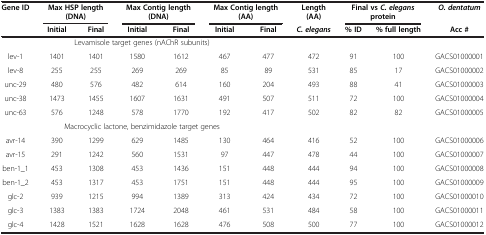
<table><thead><tr><td><b>Gene ID</b></td><td colspan="2"><b>Max HSP length (DNA)</b></td><td colspan="2"><b>Max Contig length (DNA)</b></td><td colspan="2"><b>Max Contig length (AA)</b></td><td><b>Length (AA)</b></td><td colspan="2"><b>Final vs <i>C. elegans </i>protein</b></td><td><b><i>O. dentatum</i></b></td></tr><tr><td><b> </b></td><td><b>Initial</b></td><td><b>Final</b></td><td><b>Initial</b></td><td><b>Final</b></td><td><b>Initial</b></td><td><b>Final</b></td><td><b><i>C. elegans</i></b></td><td><b>% ID</b></td><td><b>% full length</b></td><td><b>Acc #</b></td></tr></thead><tbody><tr><td colspan="7">Levamisole target genes (nAChR subunits)</td><td> </td><td> </td><td> </td><td> </td></tr><tr><td>lev-1</td><td>1401</td><td>1401</td><td>1580</td><td>1612</td><td>467</td><td>477</td><td>472</td><td>91</td><td>100</td><td>GACS01000001</td></tr><tr><td>lev-8</td><td>255</td><td>255</td><td>269</td><td>269</td><td>85</td><td>89</td><td>531</td><td>85</td><td>17</td><td>GACS01000002</td></tr><tr><td>unc-29</td><td>480</td><td>576</td><td>482</td><td>614</td><td>160</td><td>204</td><td>493</td><td>88</td><td>41</td><td>GACS01000003</td></tr><tr><td>unc-38</td><td>1473</td><td>1455</td><td>1607</td><td>1631</td><td>491</td><td>507</td><td>511</td><td>72</td><td>100</td><td>GACS01000004</td></tr><tr><td>unc-63</td><td>576</td><td>1248</td><td>578</td><td>1770</td><td>192</td><td>417</td><td>502</td><td>82</td><td>82</td><td>GACS01000005</td></tr><tr><td colspan="7">Macrocyclic lactone, benzimidazole target genes</td><td> </td><td> </td><td> </td><td> </td></tr><tr><td>avr-14</td><td>390</td><td>1299</td><td>629</td><td>1485</td><td>130</td><td>464</td><td>416</td><td>52</td><td>100</td><td>GACS01000006</td></tr><tr><td>avr-15</td><td>291</td><td>1242</td><td>560</td><td>1531</td><td>97</td><td>447</td><td>478</td><td>44</td><td>100</td><td>GACS01000007</td></tr><tr><td>ben-1_1</td><td>453</td><td>1308</td><td>453</td><td>1436</td><td>151</td><td>448</td><td>444</td><td>94</td><td>100</td><td>GACS01000008</td></tr><tr><td>ben-1_2</td><td>453</td><td>1317</td><td>453</td><td>1751</td><td>151</td><td>448</td><td>444</td><td>95</td><td>100</td><td>GACS01000009</td></tr><tr><td>glc-2</td><td>939</td><td>1215</td><td>994</td><td>1389</td><td>313</td><td>424</td><td>434</td><td>72</td><td>100</td><td>GACS01000010</td></tr><tr><td>glc-3</td><td>1383</td><td>1383</td><td>1724</td><td>2048</td><td>461</td><td>531</td><td>484</td><td>58</td><td>100</td><td>GACS01000011</td></tr><tr><td>glc-4</td><td>1428</td><td>1521</td><td>1628</td><td>1628</td><td>476</td><td>508</td><td>500</td><td>77</td><td>100</td><td>GACS01000012</td></tr></tbody></table>